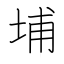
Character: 埔